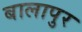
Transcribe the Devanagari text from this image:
बालापुर